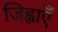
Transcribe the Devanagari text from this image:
जिह्वाएँ